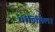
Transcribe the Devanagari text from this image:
पोर्णिमेला